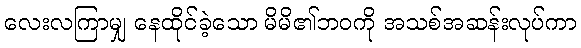
လေးလကြာမျှ နေထိုင်ခဲ့သော မိမိ၏ဘဝကို အသစ်အဆန်းလုပ်ကာ